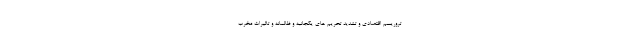
تروریسم اقتصادی و تشدید تحریم های یکجانبه و ظالمانه و تاثیرات مخرب